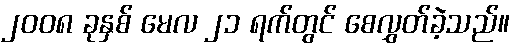
၂၀၀၈ ခုနှစ် မေလ ၂၁ ရက်တွင် စေလွှတ်ခဲ့သည်။